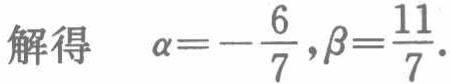
解得 \(\alpha =-\frac{6}{7},\beta =\frac{11}{7}\).